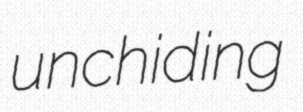
unchiding